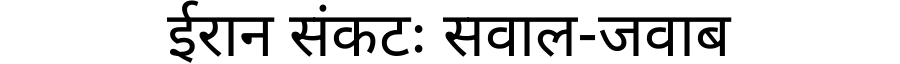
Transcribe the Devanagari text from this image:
ईरान संकटः सवाल-जवाब